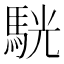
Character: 駫